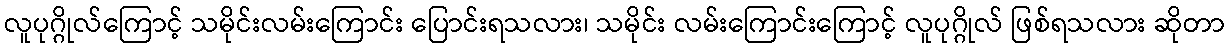
လူပုဂ္ဂိုလ်ကြောင့် သမိုင်းလမ်းကြောင်း ပြောင်းရသလား၊ သမိုင်း လမ်းကြောင်းကြောင့် လူပုဂ္ဂိုလ် ဖြစ်ရသလား ဆိုတာ